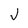
Character: J